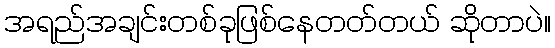
အရည်အချင်းတစ်ခုဖြစ်နေတတ်တယ် ဆိုတာပဲ။